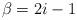
LaTeX: \begin{align*}\beta=2i-1\end{align*}